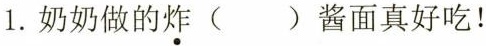
1.奶奶做的炸()酱面真好吃！